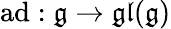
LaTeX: \operatorname{ad}:{\mathfrak{g}}\to{\mathfrak{gl}}({\mathfrak{g}})